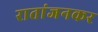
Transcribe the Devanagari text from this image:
रातांजनकर